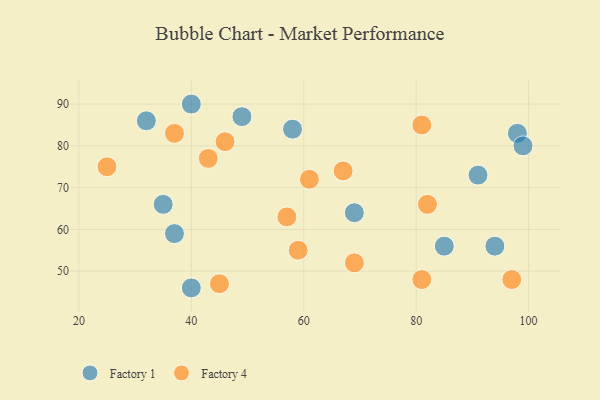
{"axis": {"x": "GDP", "y": "Life Expectancy"}, "legend": ["Factory 1", "Factory 4"], "data": [{"x": "69", "y": 64, "type": "Factory 1"}, {"x": "40", "y": 90, "type": "Factory 1"}, {"x": "49", "y": 87, "type": "Factory 1"}, {"x": "32", "y": 86, "type": "Factory 1"}, {"x": "35", "y": 66, "type": "Factory 1"}, {"x": "85", "y": 56, "type": "Factory 1"}, {"x": "91", "y": 73, "type": "Factory 1"}, {"x": "98", "y": 83, "type": "Factory 1"}, {"x": "58", "y": 84, "type": "Factory 1"}, {"x": "40", "y": 46, "type": "Factory 1"}, {"x": "94", "y": 56, "type": "Factory 1"}, {"x": "99", "y": 80, "type": "Factory 1"}, {"x": "37", "y": 59, "type": "Factory 1"}, {"x": "81", "y": 48, "type": "Factory 4"}, {"x": "69", "y": 52, "type": "Factory 4"}, {"x": "82", "y": 66, "type": "Factory 4"}, {"x": "43", "y": 77, "type": "Factory 4"}, {"x": "81", "y": 85, "type": "Factory 4"}, {"x": "57", "y": 63, "type": "Factory 4"}, {"x": "67", "y": 74, "type": "Factory 4"}, {"x": "46", "y": 81, "type": "Factory 4"}, {"x": "45", "y": 47, "type": "Factory 4"}, {"x": "37", "y": 83, "type": "Factory 4"}, {"x": "59", "y": 55, "type": "Factory 4"}, {"x": "25", "y": 75, "type": "Factory 4"}, {"x": "61", "y": 72, "type": "Factory 4"}, {"x": "97", "y": 48, "type": "Factory 4"}]}